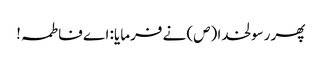
پھر رسولخدا (ص) نے فرمایا: اے فاطمہ!